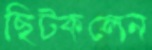
ছিট্‌কলেন